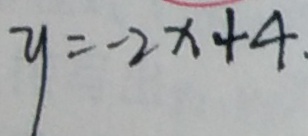
y = - 2 x + 4